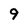
Character: 9